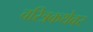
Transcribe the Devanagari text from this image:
चरित्रकथेवर